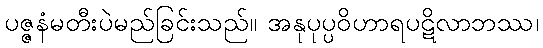
ပဇ္ဇနံမတီးပဲမည်ခြင်းသည်။ အနုပုပ္ပဝိဟာရပဋိလာဘဿ၊